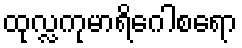
ထုလ္လကုမာရိဂေါစရော